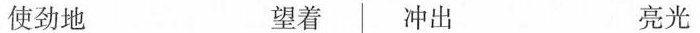
使劲地 望着 冲出 亮光